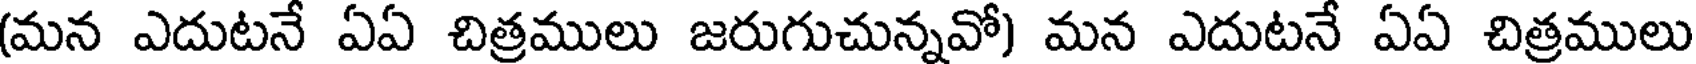
(మన ఎదుటనే ఏఏ చిత్రములు జరుగుచున్నవో) మన ఎదుటనే ఏఏ చిత్రములు